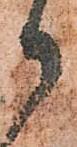
御